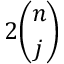
2 { \binom { n } { j } }